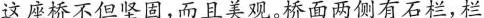
这座桥不但坚固，而且美观。桥面两侧有石栏，栏